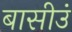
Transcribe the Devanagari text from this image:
बासीउं